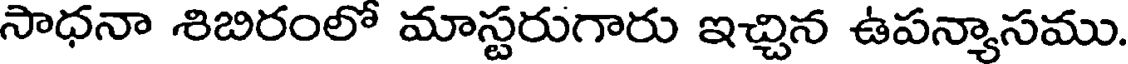
సాధనా శిబిరంలో మాస్టరుగారు ఇచ్చిన ఉపన్యాసము